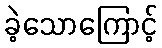
ခဲ့သောကြောင့်